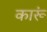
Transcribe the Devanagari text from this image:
कारूं